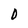
Character: D